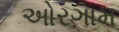
ઓરગામ